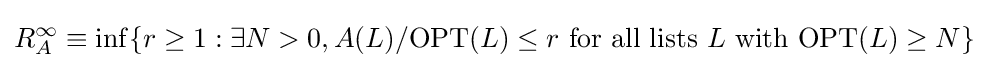
R_{A}^{\infty }\equiv \inf\{r\geq 1:\exists N>0,A(L)/\mathrm {OPT} (L)\leq r{\text{ for all lists }}L{\text{ with }}\mathrm {OPT} (L)\geq N\}